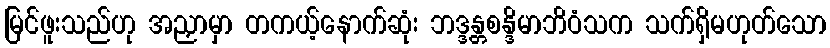
မြင်ဖူးသည်ဟု အညှာမှာ တကယ့်နောက်ဆုံး ဘဒ္ဒန္တစန္ဒိမာဘိဝံသက သက်ရှိမဟုတ်သော